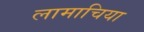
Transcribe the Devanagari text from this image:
लामाचिया